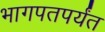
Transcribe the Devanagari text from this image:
भागपतपर्यंत